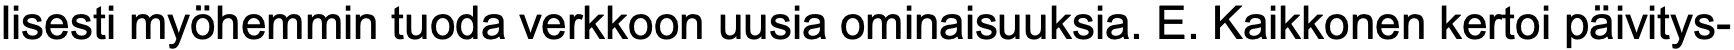
lisesti myöhemmin tuoda verkkoon uusia ominaisuuksia. E. Kaikkonen kertoi päivitys-